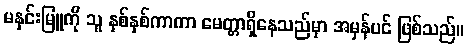
မနှင်းမြူကို သူ နှစ်နှစ်ကာကာ မေတ္တာရှိနေသည်မှာ အမှန်ပင် ဖြစ်သည်။